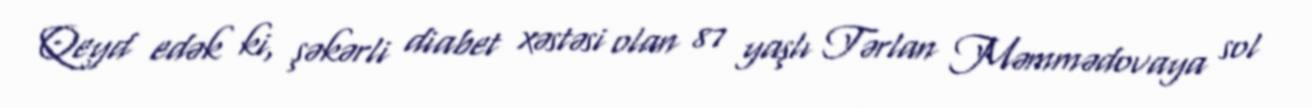
Qeyd edək ki, şəkərli diabet xəstəsi olan 87 yaşlı Tərlan Məmmədovaya sol